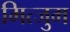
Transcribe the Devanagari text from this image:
मित्जुम